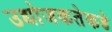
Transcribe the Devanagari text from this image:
उद्योजकतेकडे